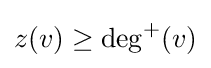
z(v)\geq \deg ^{+}(v)